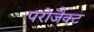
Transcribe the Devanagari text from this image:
परोजैक्ट